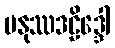
မနုဿဒဠိဒ္ဒေါ